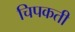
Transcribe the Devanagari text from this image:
चिपकती